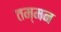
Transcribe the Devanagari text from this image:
तम्मन